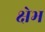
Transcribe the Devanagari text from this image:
क्षेभ